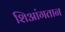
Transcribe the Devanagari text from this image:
शिआंगतान